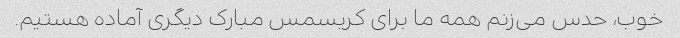
خوب، حدس می‌زنم همه ما برای کریسمس مبارک دیگری آماده هستیم.